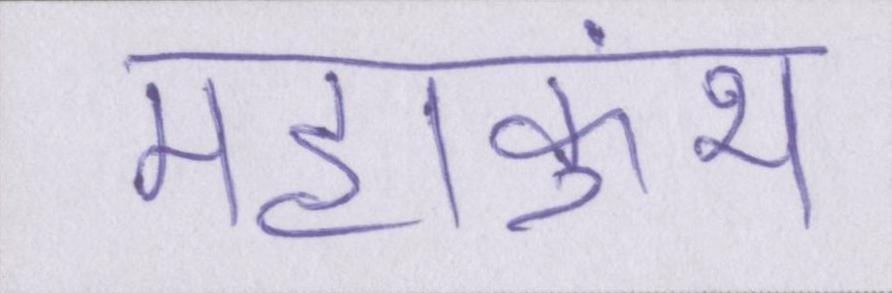
महाकुंभ